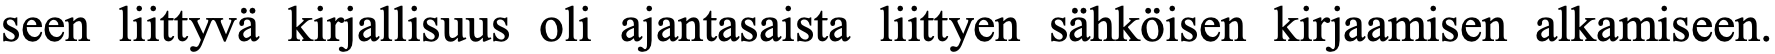
seen liittyvä kirjallisuus oli ajantasaista liittyen sähköisen kirjaamisen alkamiseen.